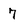
Character: 7